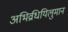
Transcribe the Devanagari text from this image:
अभिव्रधियिलुमान